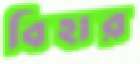
বিহার